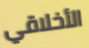
الأخلاقي